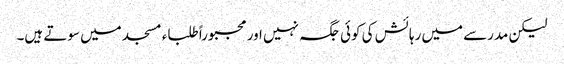
لیکن مدرسے میں رہائش کی کوئی جگہ نہیں اور مجبوراً طلباء مسجد میں سوتے ہیں۔